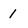
Character: 1